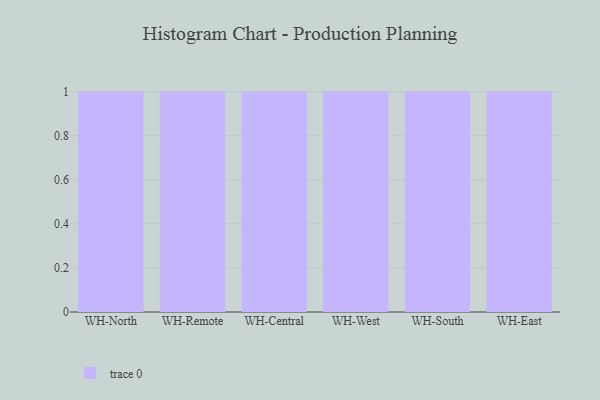
{"axis": {"x": "Warehouse", "y": "Production Output"}, "legend": [""], "data": [{"x": "WH-North", "y": 68, "type": ""}, {"x": "WH-Remote", "y": 18, "type": ""}, {"x": "WH-Central", "y": 41, "type": ""}, {"x": "WH-West", "y": 6, "type": ""}, {"x": "WH-South", "y": 64, "type": ""}, {"x": "WH-East", "y": 21, "type": ""}]}